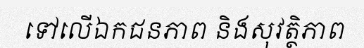
ទៅលើឯកជនភាព និងសុវត្ថិភាព